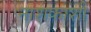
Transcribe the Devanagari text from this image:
नाशकाशी